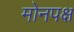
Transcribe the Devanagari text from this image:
मोनपक्ष